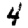
Digit: 4